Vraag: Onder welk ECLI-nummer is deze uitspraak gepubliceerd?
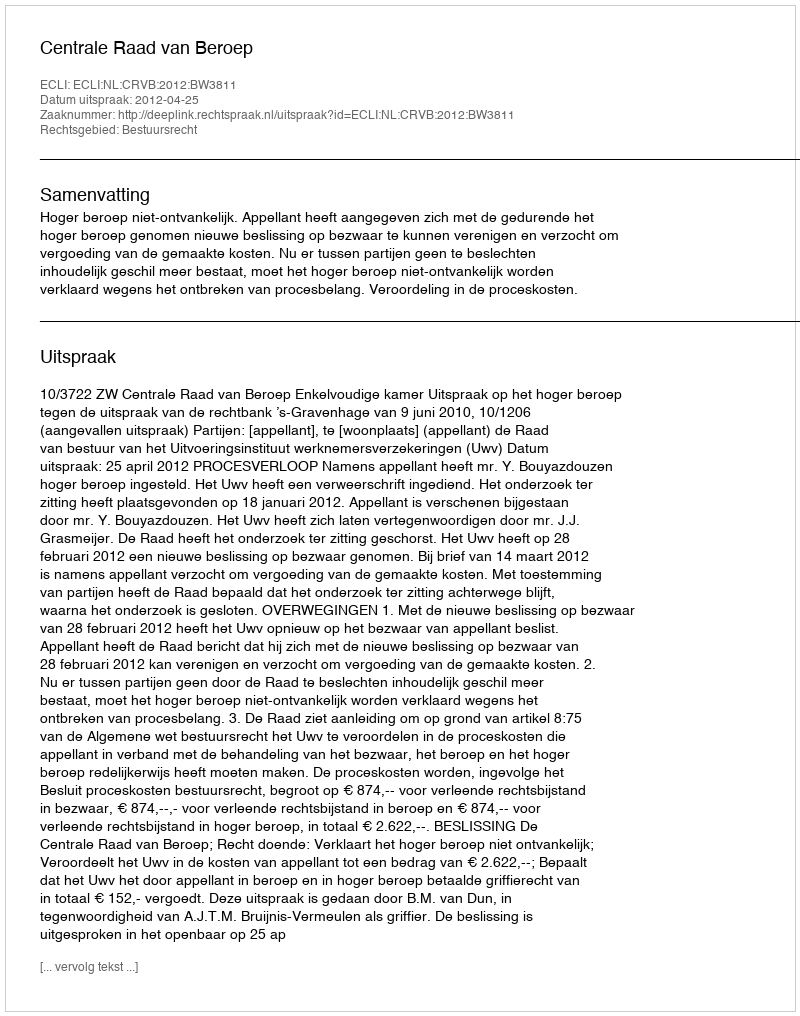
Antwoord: ECLI:NL:CRVB:2012:BW3811